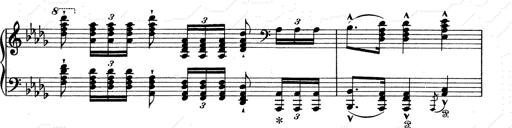
Title: Walhall aus Der Ring des Nibelungen
Composer: Franz Liszt